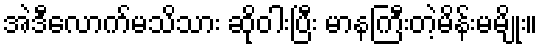
အဲဒီလောက်မသိသား ဆိုဝါးပြီး မာနကြီးတဲ့မိန်းမမျိုး။